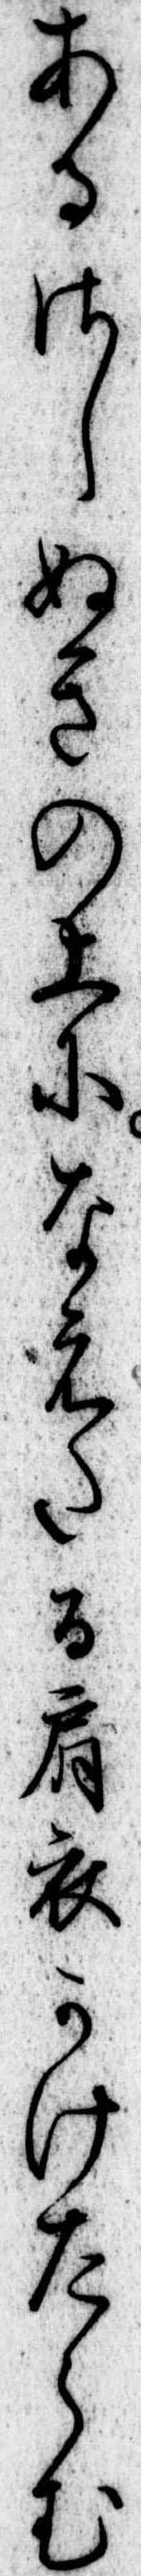
あるさしぬきの上になえたる肩衣かけたらむ